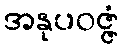
အနုပဝဇ္ဇံ